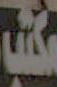
مكتب